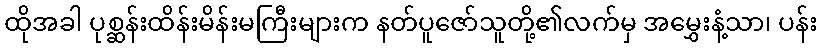
ထိုအခါ ပုစ္ဆန်းထိန်းမိန်းမကြီးများက နတ်ပူဇော်သူတို့၏လက်မှ အမွှေးနံ့သာ၊ ပန်း